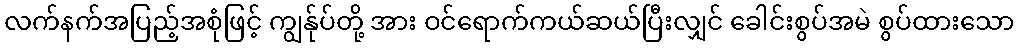
လက်နက်အပြည့်အစုံဖြင့် ကျွန်ုပ်တို့ အား ဝင်ရောက်ကယ်ဆယ်ပြီးလျှင် ခေါင်းစွပ်အမဲ စွပ်ထားသော